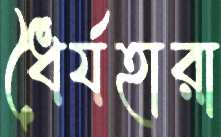
ধৈর্যহারা